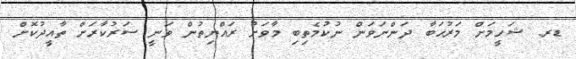
ޑރ. ޝަހީމަށް މަރުޙަބާ ދަންނަވަން ނުކުމެތިބި މާވަށު ރައްޔިތުން ވަނީ ސަރުކާރަށް ތާއީދުކޮށް